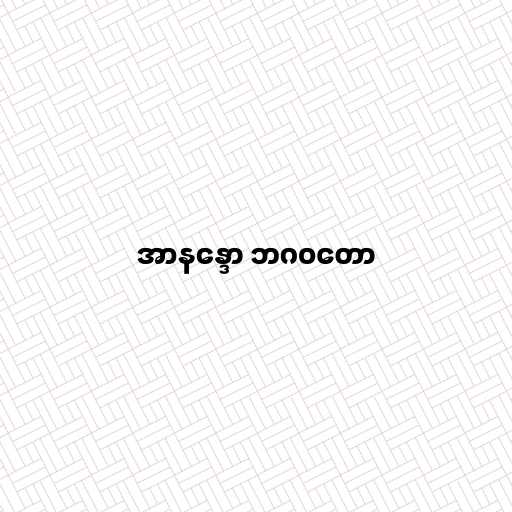
အာနန္ဒော ဘဂဝတော